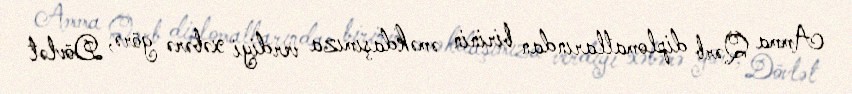
Amma Qərb diplomatlarından birinin əməkdaşımıza verdiyi xəbərə görə, Dövlət